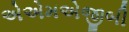
એએમએજીબી